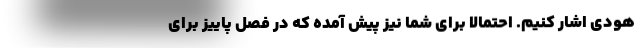
هودی اشار کنیم. احتمالا برای شما نیز پیش آمده که در فصل پاییز برای